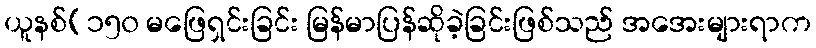
ယူနစ်(၁၅၀ မဖြေရှင်းခြင်း မြန်မာပြန်ဆိုခဲ့ခြင်းဖြစ်သည် အအေးများရာက